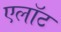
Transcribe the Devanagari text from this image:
एलॉट